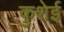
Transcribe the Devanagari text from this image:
कुशेई